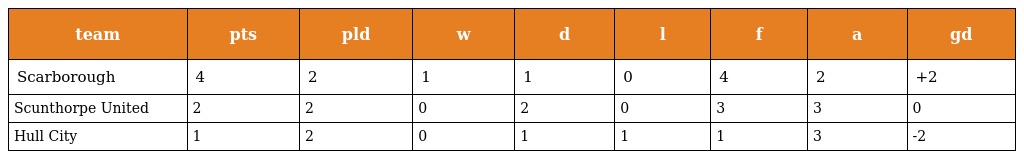
| team | pts | pld | w | d | l | f | a | gd |
 | --- | --- | --- | --- | --- | --- | --- | --- | --- |
 | Scarborough | 4 | 2 | 1 | 1 | 0 | 4 | 2 | +2 |
 | Scunthorpe United | 2 | 2 | 0 | 2 | 0 | 3 | 3 | 0 |
 | Hull City | 1 | 2 | 0 | 1 | 1 | 1 | 3 | -2 |